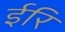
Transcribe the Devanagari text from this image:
ईरि